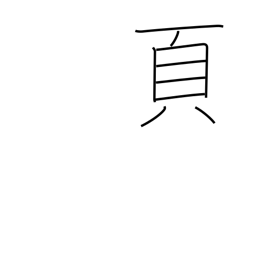
Meaning: page